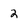
Character: 2